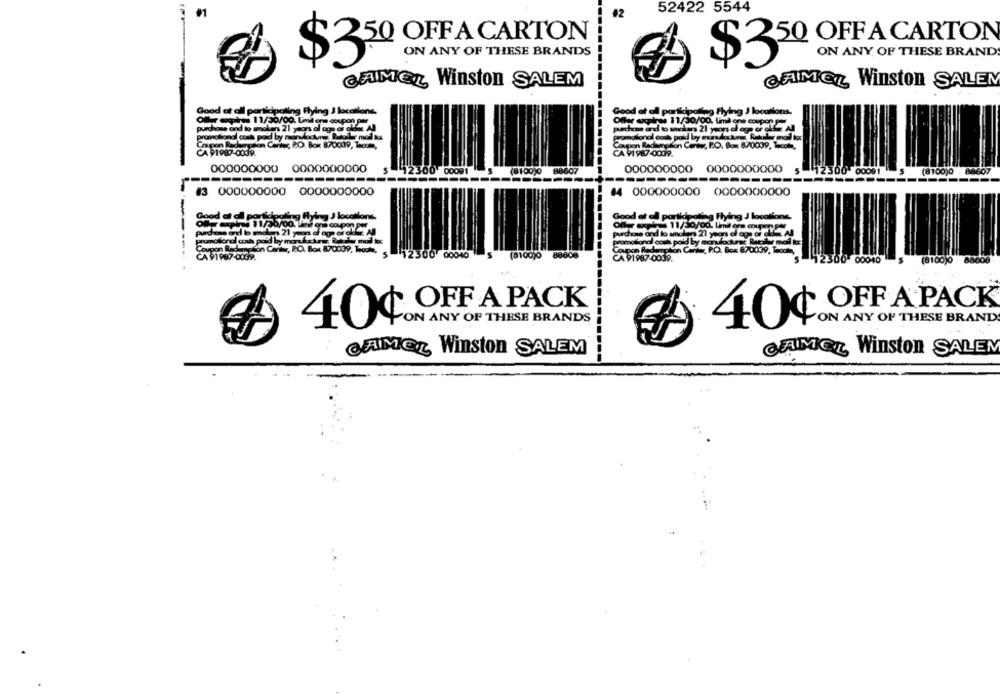
52422 5544
ON ANY OF THESE BRANDS
$350 OFF A CARTON
ON ANY OF THESE BRAND
$3
HACAR
CAMEL Winston SALEM
CAMEL Winston SALEM
Good at all participating Flying J locations.
Good at all participating Flying J locations.
Offer expires 11/30/00. Limil one coupon per
Offer empires 11/30/00. lind one couper
purchase and to smokers 21 years of age di cid
puechme and to smokers 21 years of age or olifier
promotional cosa poid by mary
on Carter, P.O. Box 870009, Tocome,
Coupon Redemption Con PO. Box 870009, 1.cote,
CA 91987-0039.
CA V1 987-0039.
000000000 0000000000
00 00091
(8100)0
8607
000000000 0000000000
12300 000
(8100)0
88607
-----
#3 000000000 0000000000
44 000000000 0000000000
Good at all participating flying J locations
Good at all participating Flying J locations.
Offer expires 11/30/00, limit ons couparmy pie
promotiond cosh poid by mordackes; Raklar mod tos
promotional cosk poid by morufockrac Recider mail to:
Coupon Redemption Carter, R.O. Box 870039, Teoch,
Coupon Redemp
plon Canker, P.O. Box 870039, Tacche,
CA 91987-0039.
00 00040
(8100)0
CA 91987-0039.
00040
(8100)0
OFF A PACK
OFF A PACK
40
ON ANY OF THESE BRANDS
ON ANY OF THESE BRAND
40¢.
CAMEL Winston SALEM
CAMEL Winston SALEM